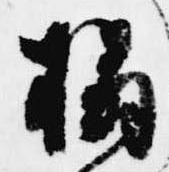
榻